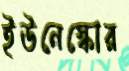
ইউনেস্কোর